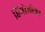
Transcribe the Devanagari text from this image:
हिंगोलीकर